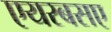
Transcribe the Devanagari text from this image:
एयरबसए